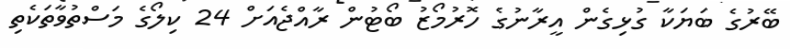
ބޭރުގެ ބަޔަކާ ގުޅިގެން އީރާނުގެ ހޮރުމޯޒު ބޯޓުން ރާއްޖެއަށް 24 ކިލޯގެ މަސްތުވާތަކެތި